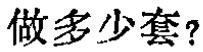
做多少套？